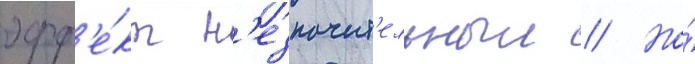
эфф'е́кт н'езначит'ельныи // Но́